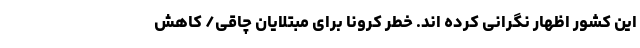
این کشور اظهار نگرانی کرده اند. خطر کرونا برای مبتلایان چاقی/ کاهش